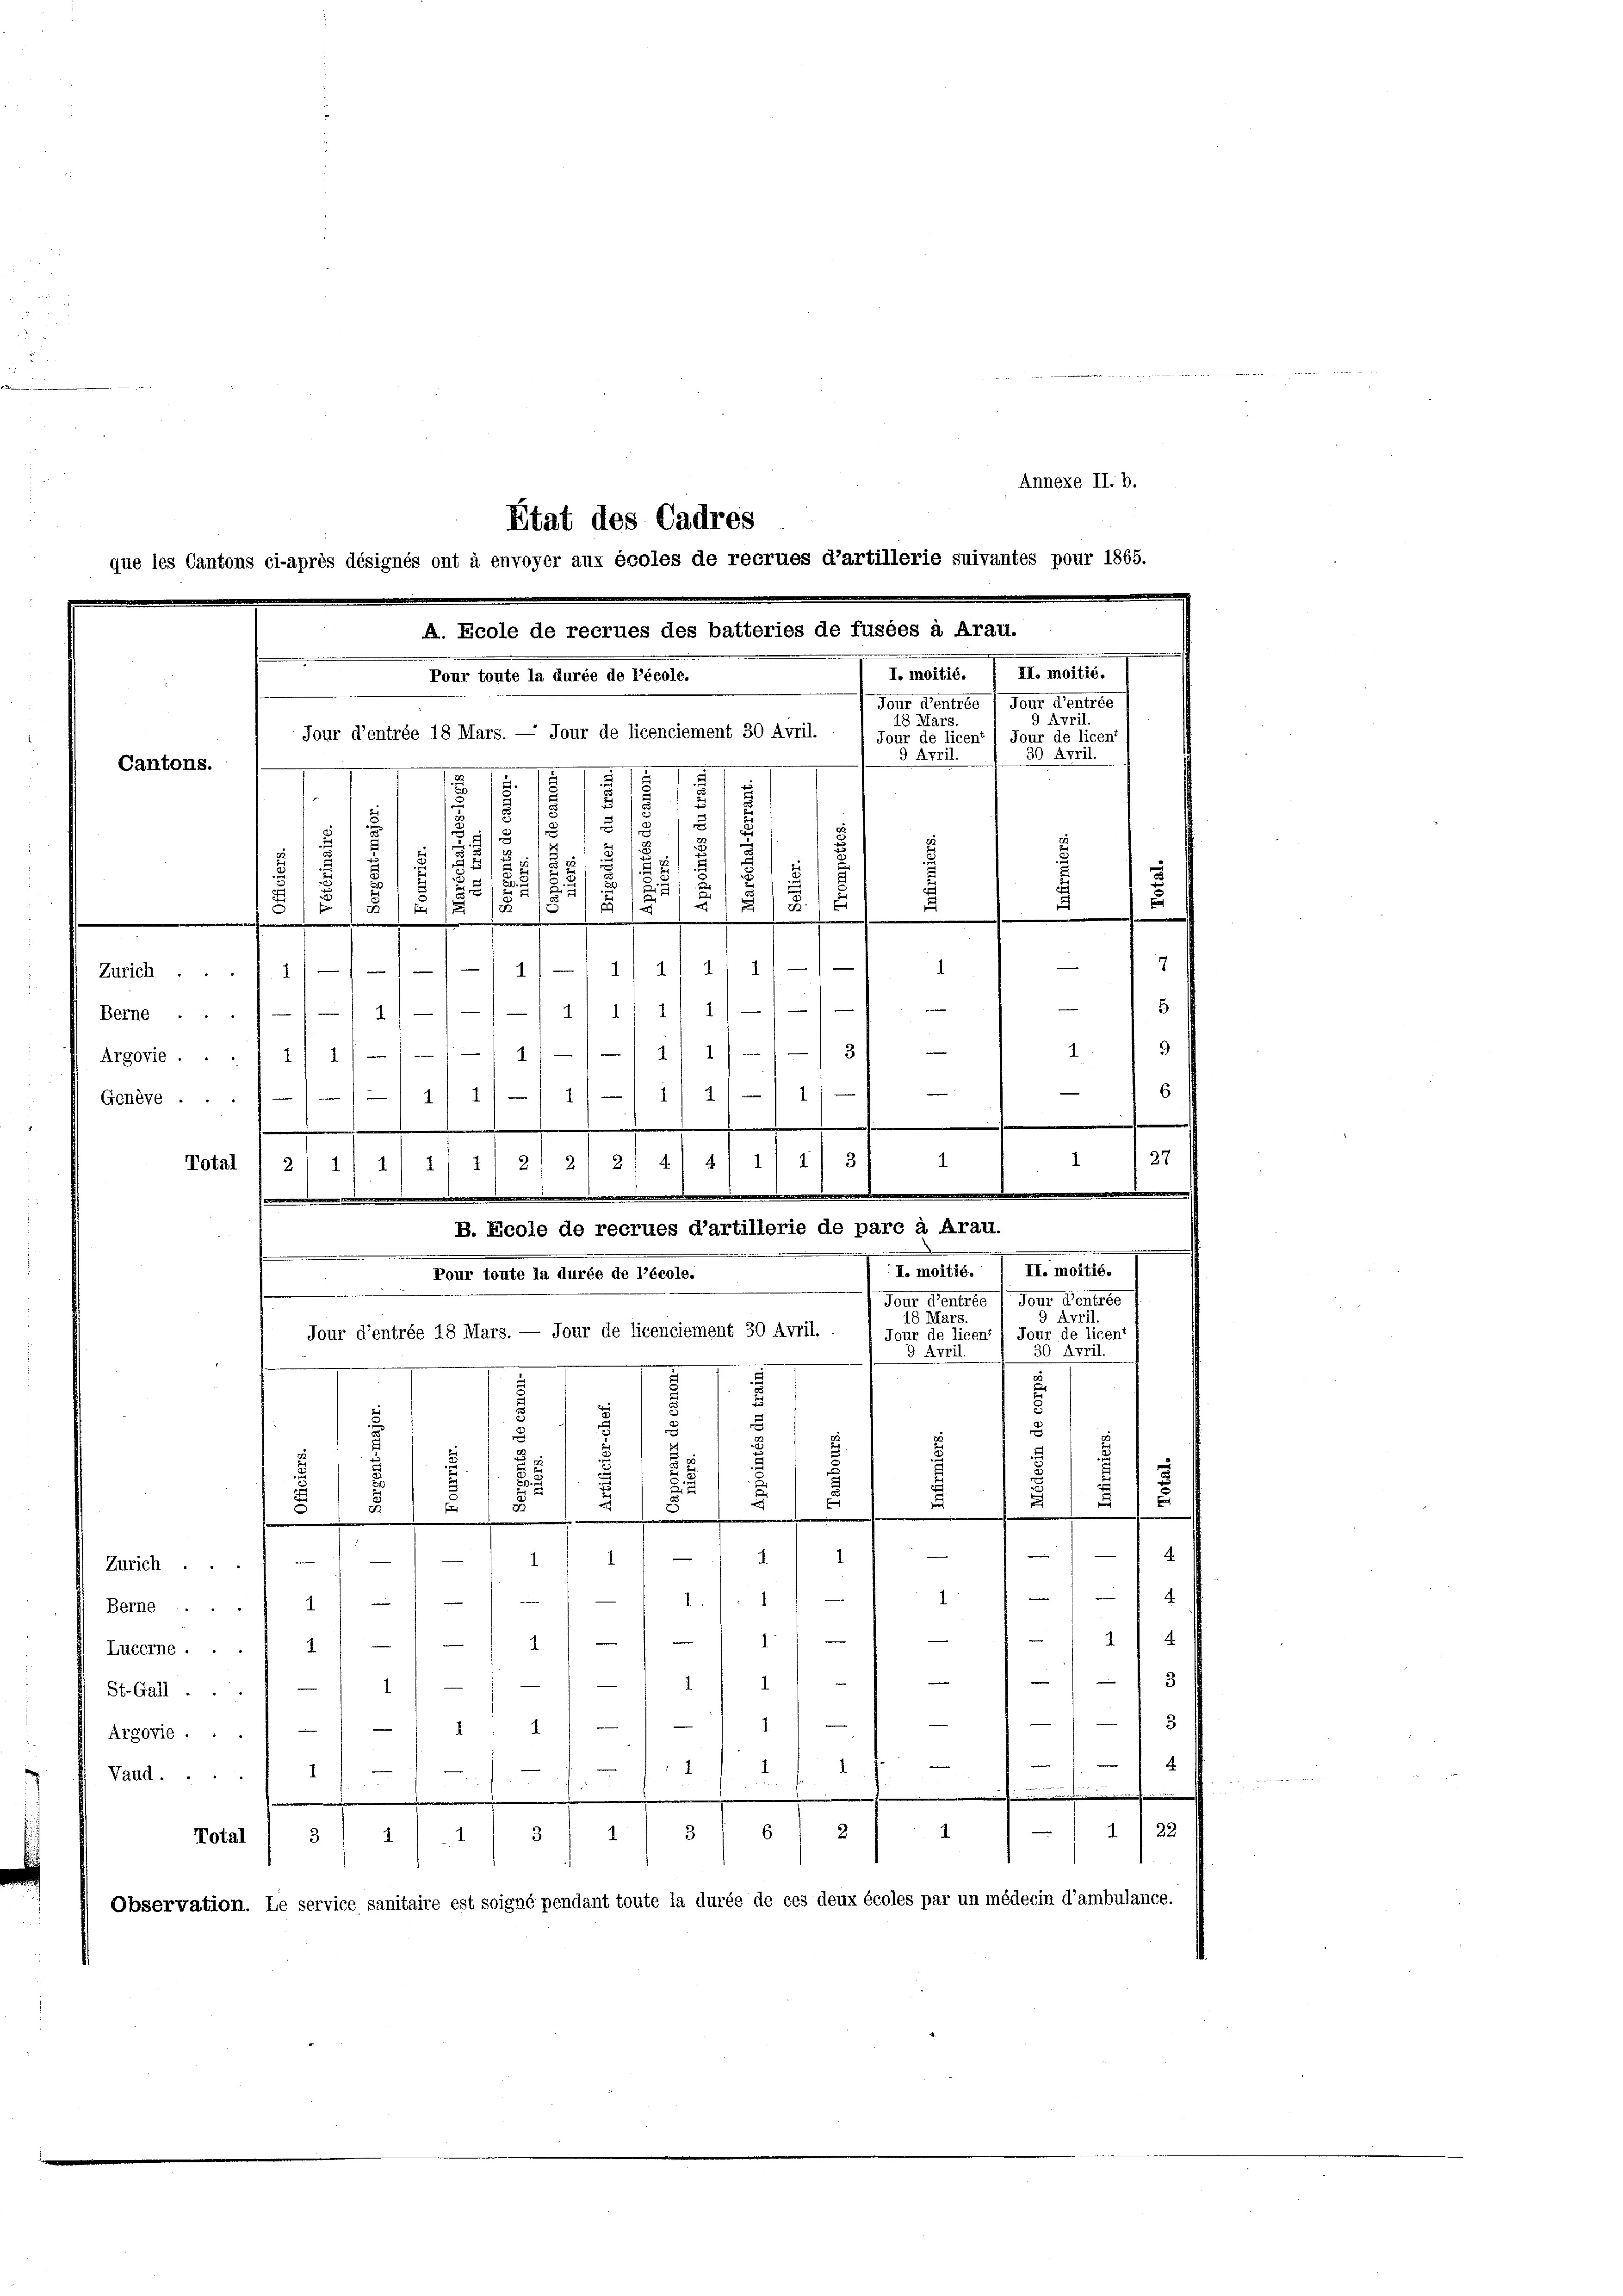
Annexe II. b.
Tour denerte Tour d’entree
9 Avril.
18 Mars.
Jour d’entrée 18 Mars. — Jour de licenciement 30 Avril.
Jour de licent / Jour de licent
30 April.
5 April.
e
.
Cantons.

1
7
2
)
2
2
.
7

s
.

s
u
 aus
8
2
1
5
.

e
e
7
.
.
1
1
1
1
Zürich .... 1///// 11/ 1

Berne ... 11/11/// 1/ i/ 1/ 11/
13
3
¬
1/1 11 1
Argovie . . . 1 1/
—
6
-
1
1/1 11 - 1/4
e
Genève . .
.
.
1 127
3
1
Total
1
.
4
1
1) 21 21 2
.
1
2
s
t
B. Ecole de recrues d’artillerie de pare à Arau.
III. moitié.
I. moitié.
Pour toute la durée de l’école.
Jout Generge
Tour d’entrée
9 April.
18 Mars.
Jour d’entrée 18 Mars. — Jour de licenciement 30 Avril.
Jour de licen ) Jour de licent
30 April.
3 Ärril.
e
¬
3
.
5
d
u
u
3
.
s
.
n
e

.
2
.
—
4
21)
1
1
i
—
Zürich ...
1
4.
1
Berne ... 1)
e
1.
4
e
1
1
Lucerne . . . 1

3
1
1
1
St.Gall ...
3
.
1
1
Argovie
4
.
1
Vaud....
i

122
2
10
3
4
1
1
3
.
Total
Observation. Le service sanitaire est soigné pendant toute la durée de ces deux écoles par un médecin d’ambulance.

Etat des Cadres
que les Cantons ci-après désignés ont à envoyer aux écoles de recrues d’artillerie suivantes pour 1865.
A. Ecole de recrues des batteries de fusées à Arau.
II. moitié.
I. moitié.
Pour toute la durée de l’école.